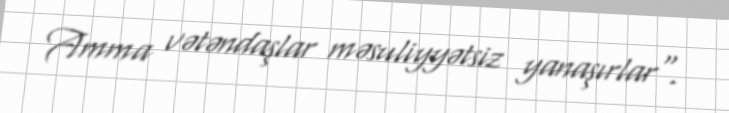
Amma vətəndaşlar məsuliyyətsiz yanaşırlar".